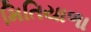
મિતિયાળા